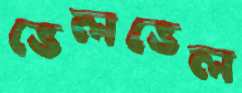
ভেলভেল